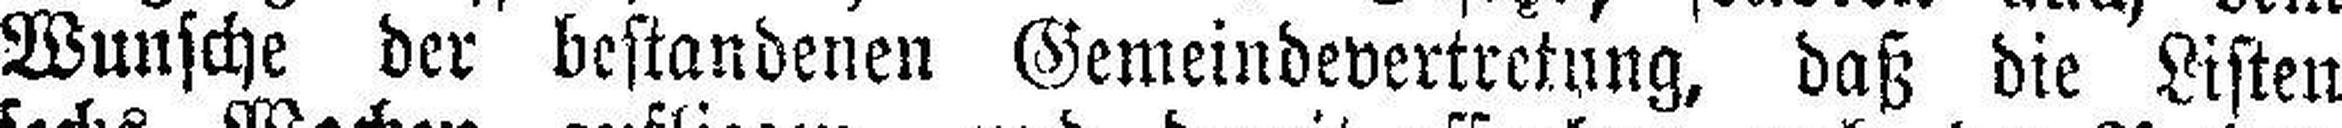
Wunsche der bestandenen Gemeindevertretung, daß die Listen